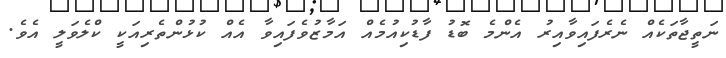
ނަތީޖާތަކެއް ނެރެފައިވާއިރު އެންމެ ބޮޑު ފާޑުކިއުމެއް އަމާޒުވެފައިވާ އެއް ކުޅުންތެރިއަކީ ކްލެވަލީ އެވެ.